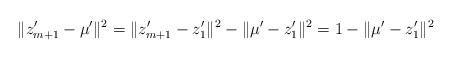
LaTeX: \begin{align*}\|z'_{m+1} - \mu'\|^2 = \|z'_{m+1} - z'_1\|^2 - \|\mu' - z'_1\|^2 = 1 - \|\mu' - z'_1\|^2\end{align*}